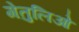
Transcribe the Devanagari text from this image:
गेतुलिओ